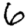
Digit: 6